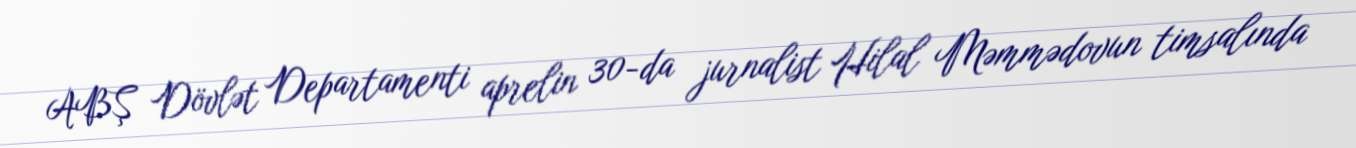
ABŞ Dövlət Departamenti aprelin 30-da jurnalist Hilal Məmmədovun timsalında